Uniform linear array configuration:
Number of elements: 16
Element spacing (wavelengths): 0.25
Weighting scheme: hann
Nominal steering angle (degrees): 45
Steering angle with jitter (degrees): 43.155
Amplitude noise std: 0.05
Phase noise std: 0.05

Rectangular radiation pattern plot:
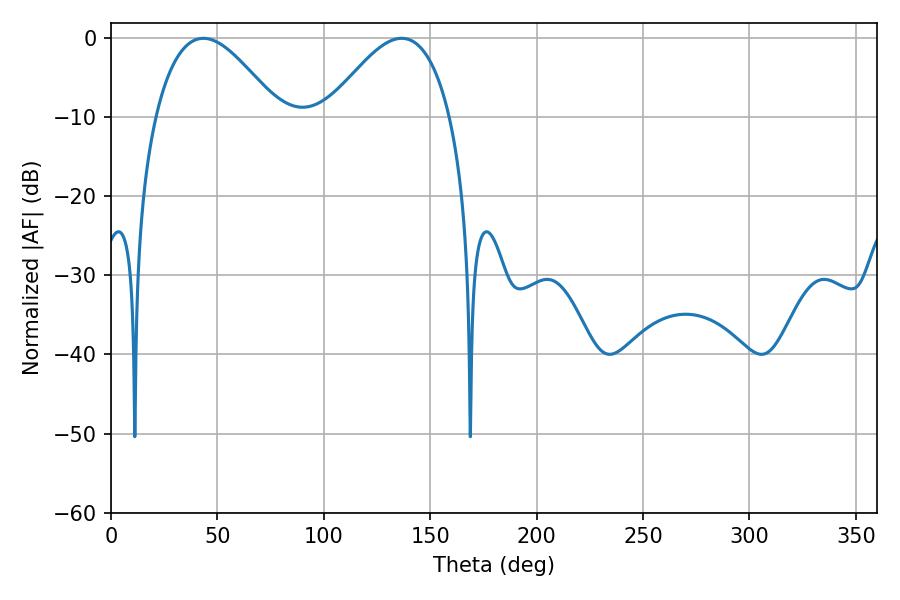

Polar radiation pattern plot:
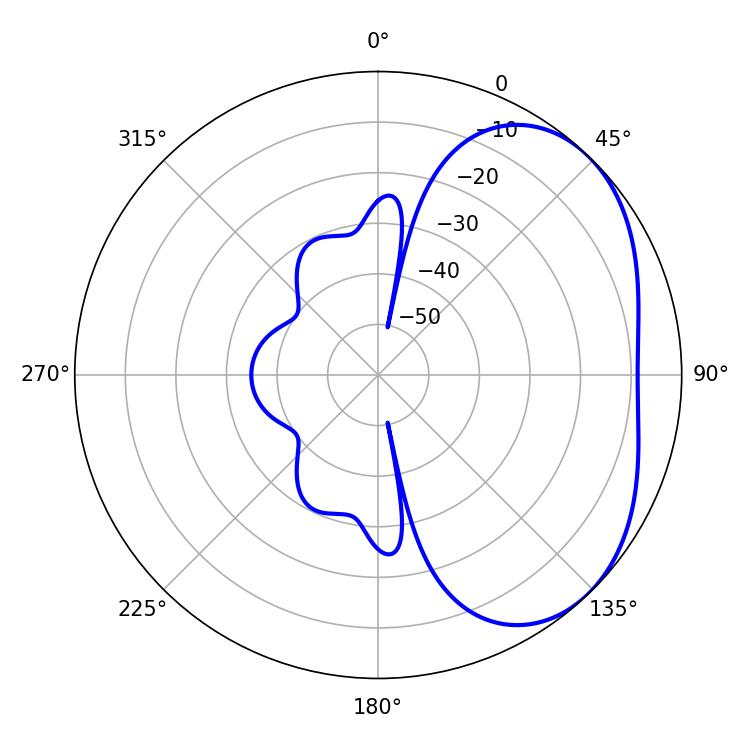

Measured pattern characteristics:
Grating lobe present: FALSE
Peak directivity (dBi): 3.515
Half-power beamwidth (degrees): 31.5
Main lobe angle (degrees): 43.38